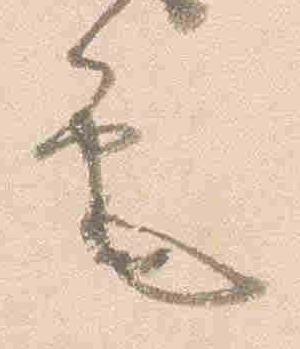
筆